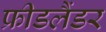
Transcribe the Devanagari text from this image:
फ्रीडलैंडर